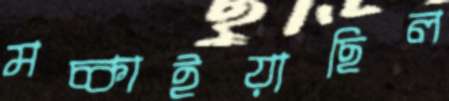
মচ্‌কাইয়াছিল